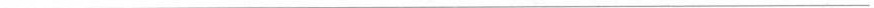
___